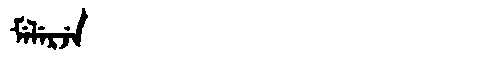
Manchu: ᠮᡝᠯᡝᡵᠵᡝ
Romanization: MELERJE